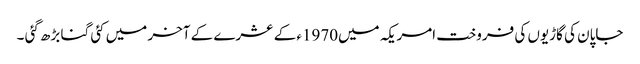
جاپان کی گاڑیوں کی فروخت امریکہ میں1970ء کے عشرے کے آخر میں کئی گنا بڑھ گئی ۔